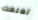
تعلمت